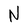
Character: N